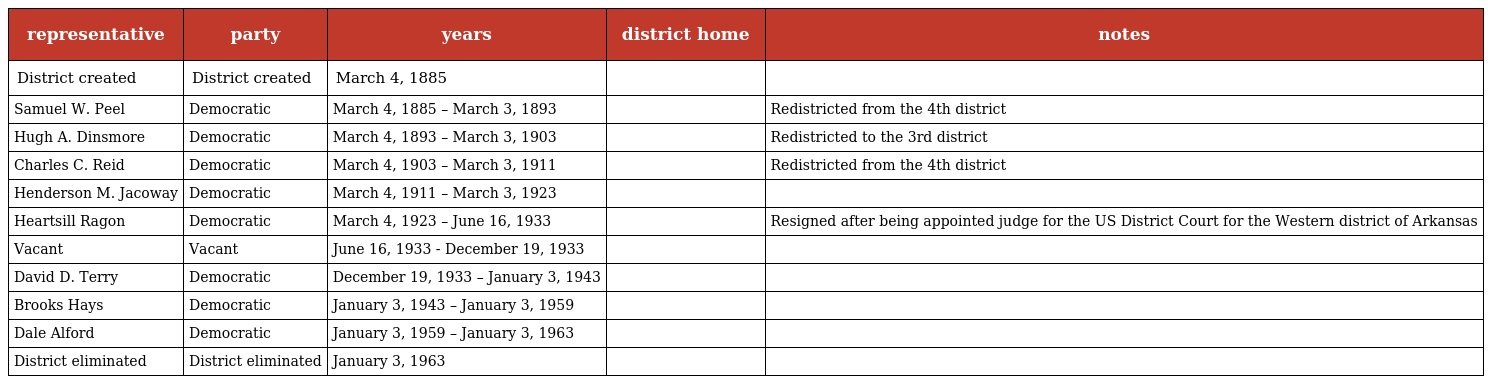
| representative | party | years | district home | notes |
 | --- | --- | --- | --- | --- |
 | District created | District created | March 4, 1885 |  |  |
 | Samuel W. Peel | Democratic | March 4, 1885 – March 3, 1893 |  | Redistricted from the 4th district |
 | Hugh A. Dinsmore | Democratic | March 4, 1893 – March 3, 1903 |  | Redistricted to the 3rd district |
 | Charles C. Reid | Democratic | March 4, 1903 – March 3, 1911 |  | Redistricted from the 4th district |
 | Henderson M. Jacoway | Democratic | March 4, 1911 – March 3, 1923 |  |  |
 | Heartsill Ragon | Democratic | March 4, 1923 – June 16, 1933 |  | Resigned after being appointed judge for the US District Court for the Western district of Arkansas |
 | Vacant | Vacant | June 16, 1933 - December 19, 1933 |  |  |
 | David D. Terry | Democratic | December 19, 1933 – January 3, 1943 |  |  |
 | Brooks Hays | Democratic | January 3, 1943 – January 3, 1959 |  |  |
 | Dale Alford | Democratic | January 3, 1959 – January 3, 1963 |  |  |
 | District eliminated | District eliminated | January 3, 1963 |  |  |